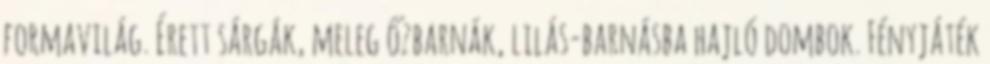
formavilág. Érett sárgák, meleg őzbarnák, lilás-barnásba hajló dombok. Fényjáték